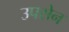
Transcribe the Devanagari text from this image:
उपसेन